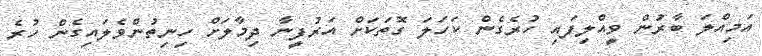
އަމިއްލަ ބާރުން ވީއްލިފައި ހުރެގެން ކަހަލަ ގޮތަކަށް އަރުފީނާ ދިމާލަށް ހިނިތުންވެލައިގެން ހުރެ